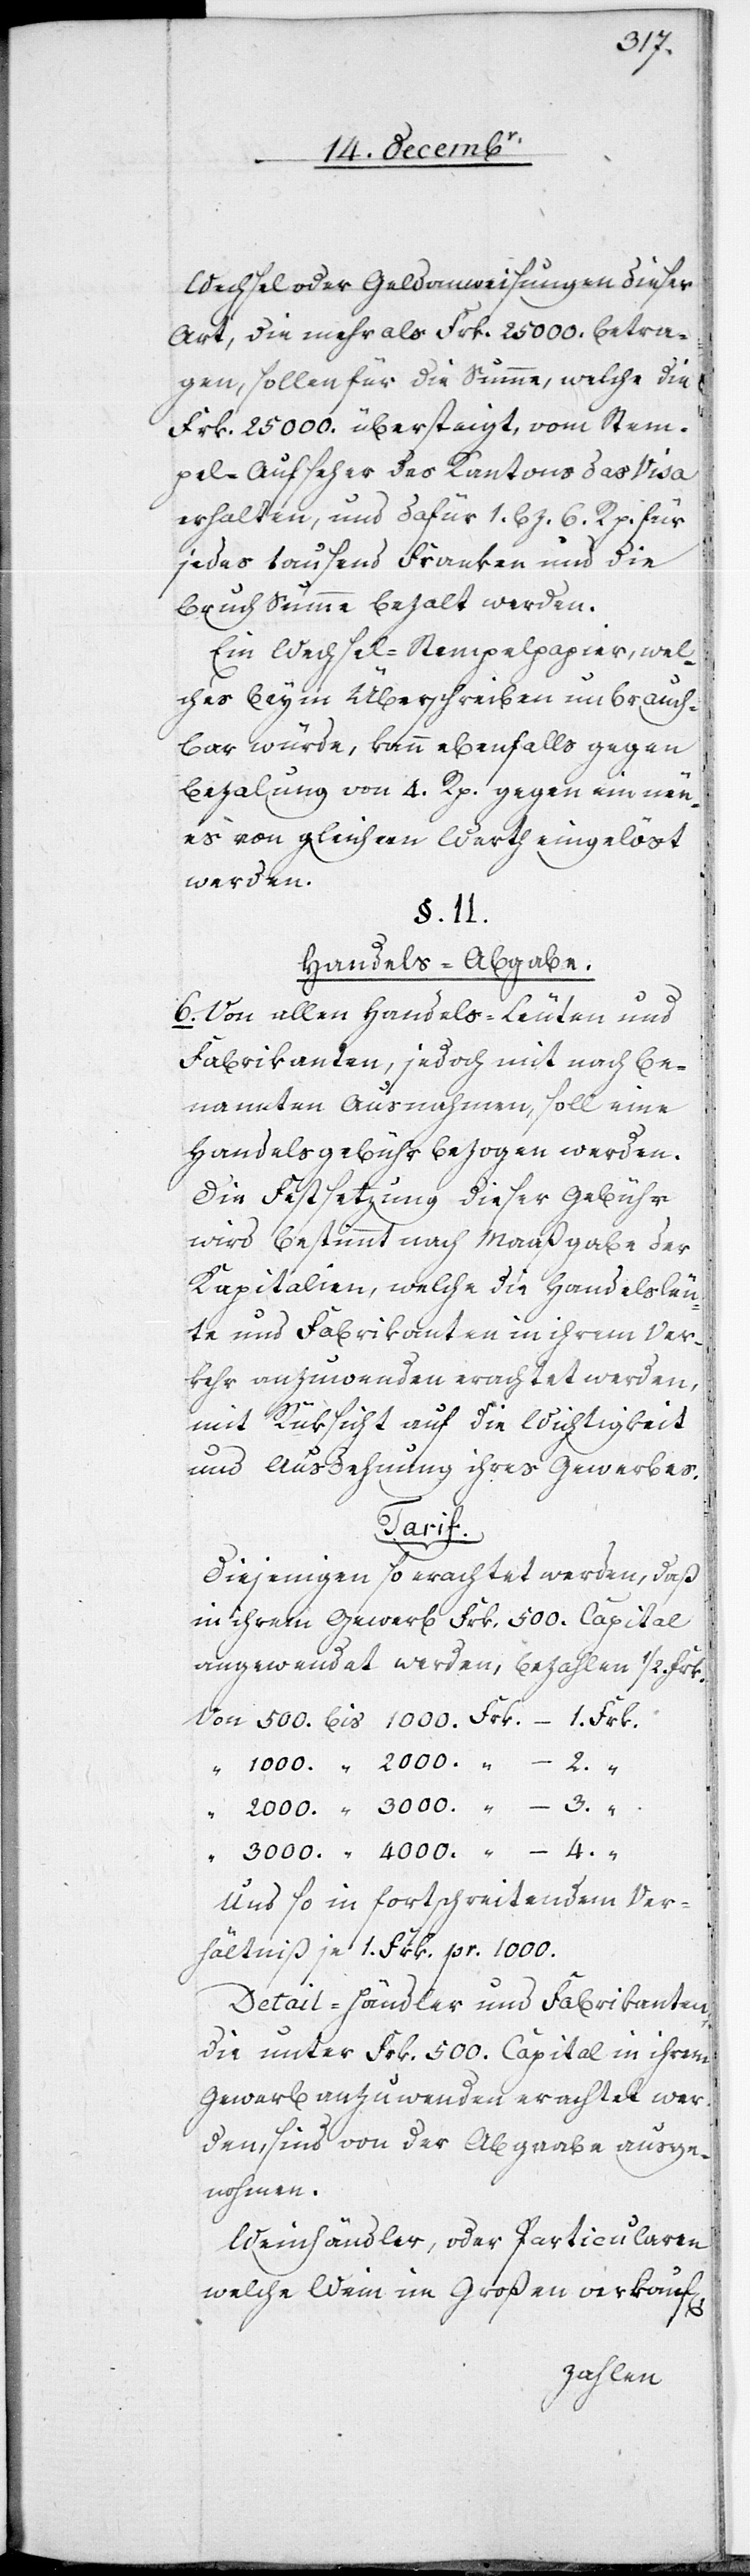
3.
Wechsel oder Geldanweisungen dieser
Art, die mehr als Frk. 25 000. betra¬
gen, sollen für die Summe, welche die
Frk. 25 000. übersteigt, vom Stem¬
pel-Aufseher des Kantons das Visa
erhalten, und dafür 1. Bz. 6. Rp. für
jedes tausend Franken und die
Bruch[-]Summe bezalt werden.
Ein Wechsel-Stempelpapier, wel¬
ches beym Überschreiben unbrauch¬
bar würde, kann ebenfalls gegen
Bezalung von 4. Rp. gegen ein neu¬
es von gleichem Werth eingelöst
werden.
§. II.
Handels-Abgabe.
6. Von allen Handels-Leuten und
Fabrikanten, jedoch mit nachbe¬
nannten Ausnahmen, soll eine
Handelsgebühr bezogen werden.
Die Festsetzung dieser Gebühr
wird bestimmt nach Maaßgabe der
Kapitalien, welche die Handelsleu¬
te und Fabrikanten in ihrem Ver¬
kehr anzuwenden erachtet werden,
mit Rüksicht auf die Wichtigkeit
und Ausdehnung ihres Gewerbes.
Tarif.
Diejenigen so erachtet werden, daß
in ihrem Gewerb Frk. 500. Capital
angewendet werden, bezahlen 1/2. Frk.
4.
Und so in fortschreitendem Ver¬
hältniß je 1. Frk. pr. 1000.
Detail-Händler und Fabrikanten,
die unter Frk. 500. Capital in ihrem
Gewerb anzuwenden erachtet wer¬
den, sind von der Abgaabe ausge¬
nohmen.
Weinhändler, oder Particularen
welche Wein im Großen verkauf[en],